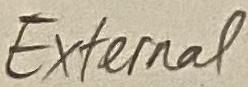
Text: External